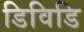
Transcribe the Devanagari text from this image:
डिविडि